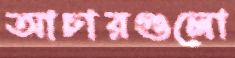
আচারগুলো